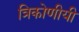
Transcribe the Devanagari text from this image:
त्रिकोणीयी